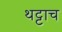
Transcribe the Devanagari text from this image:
थट्टाच